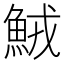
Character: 𩶺